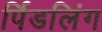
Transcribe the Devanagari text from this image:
र्पिडलिंग